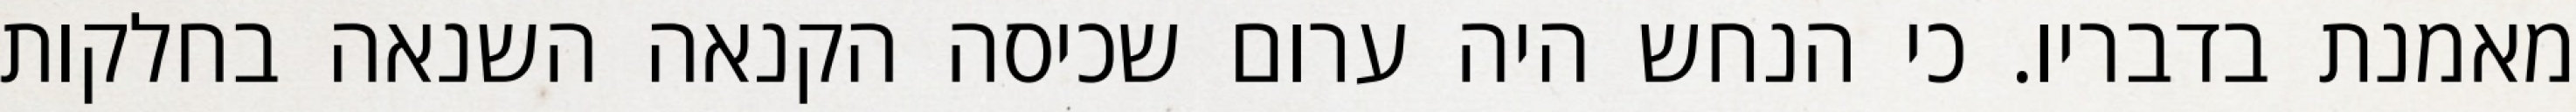
מאמנת בדבריו. כי הנחש היה ערום שכיסה הקנאה השנאה בחלקות